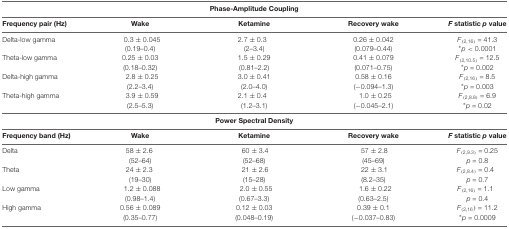
|  |  | Phase-Amplitude Coupling |
 | Frequency pair (Hz) | Wake | Ketamine | Recovery wake | F statistic p value |
 | --- | --- | --- |
 | Delta-low gamma | 0.3 ± 0.045 | 2.7 ± 0.3 | 0.26 ± 0.042 | F(2,16) = 41.3 |
 |  | (0.19–0.4) | (2–3.4) | (0.079–0.44) | *p < 0.0001 |
 | Theta-low gamma | 0.25 ± 0.03 | 1.5 ± 0.29 | 0.41 ± 0.079 | F(2,10.5) = 12.5 |
 |  | (0.18–0.32) | (0.81–2.2) | (0.071–0.75) | *p = 0.002 |
 | Delta-high gamma | 2.8 ± 0.25 | 3.0 ± 0.41 | 0.58 ± 0.16 | F(2,16) = 8.5 |
 |  | (2.2–3.4) | (2.0–4.0) | (−0.094–1.3) | *p = 0.003 |
 | Theta-high gamma | 3.9 ± 0.59 | 2.1 ± 0.4 | 1.0 ± 0.25 | F(2,8.8) = 6.9 |
 |  | (2.5–5.3) | (1.2–3.1) | (−0.045–2.1) | *p = 0.02 |
 |  |  | Power Spectral Density |
 | Frequency band (Hz) | Wake | Ketamine | Recovery wake | F statistic p value |
 | Delta | 58 ± 2.6 | 60 ± 3.4 | 57 ± 2.8 | F(2,9.3) = 0.25 |
 |  | (52–64) | (52–68) | (45–69) | p = 0.8 |
 | Theta | 24 ± 2.3 | 21 ± 2.6 | 22 ± 3.1 | F(2,8.4) = 0.4 |
 |  | (19–30) | (15–28) | (8.2–35) | p = 0.7 |
 | Low gamma | 1.2 ± 0.088 | 2.0 ± 0.55 | 1.6 ± 0.22 | F(2,16) = 1.1 |
 |  | (0.98–1.4) | (0.67–3.3) | (0.63–2.5) | p = 0.4 |
 | High gamma | 0.56 ± 0.089 | 0.12 ± 0.03 | 0.39 ± 0.1 | F(2,16) = 11.2 |
 |  | (0.35–0.77) | (0.048–0.19) | (−0.037–0.83) | *p = 0.0009 |